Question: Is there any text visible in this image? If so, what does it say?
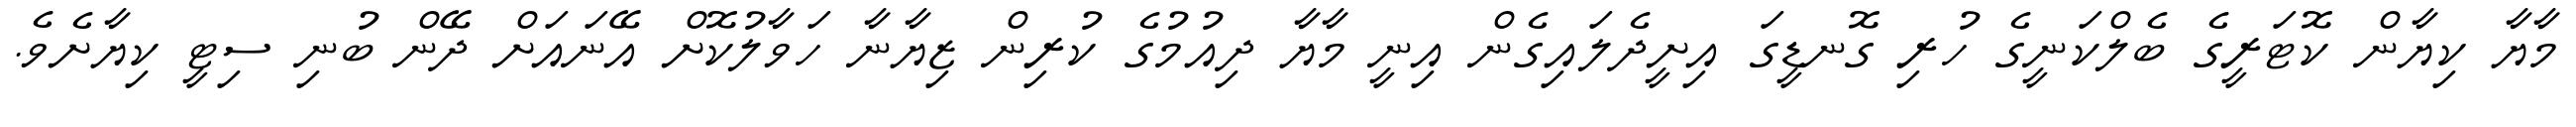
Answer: މާޔާ ކިޔާން ކޮޓަރީގެ ބެލްކަނީގެ ހުރި ގޮނޑީގަ އިށީދެލައިގެން އިނީ މާޔާ ދިއުމުގެ ކުރިން ޒިޔާނާ ހަވާލުކޮށް އޭނައަށް ދޭން ބުނި ސިޓީ ކިޔާށެވެ.